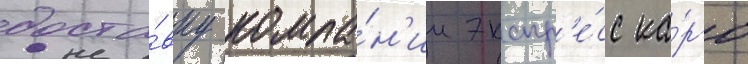
доста́вку компа́н'ии экспр'е́сс ка́рго